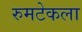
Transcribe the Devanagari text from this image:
रुमटेकला